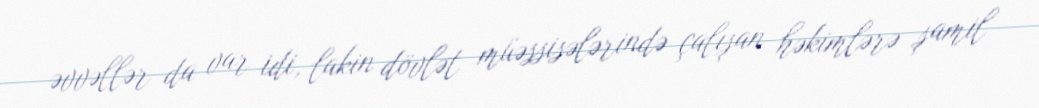
əvvəllər da var idi, lakin dövlət müəssisələrində çalışan həkimlərə şamil